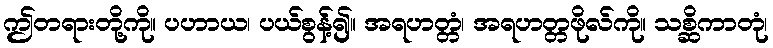
ဤတရားတို့ကို။ ပဟာယ၊ ပယ်စွန့်၍။ အရဟတ္တံ၊ အရဟတ္တဖိုလ်ကို။ သစ္ဆိကာတုံ၊